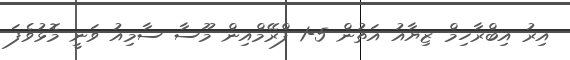
އިރު އިބްރާހިމް ޒިޔާއު އަތުން 5-1 ފްރޭމްއިން މޫސާ ސާމިއު ވަނީ މޮޅުވެފަ